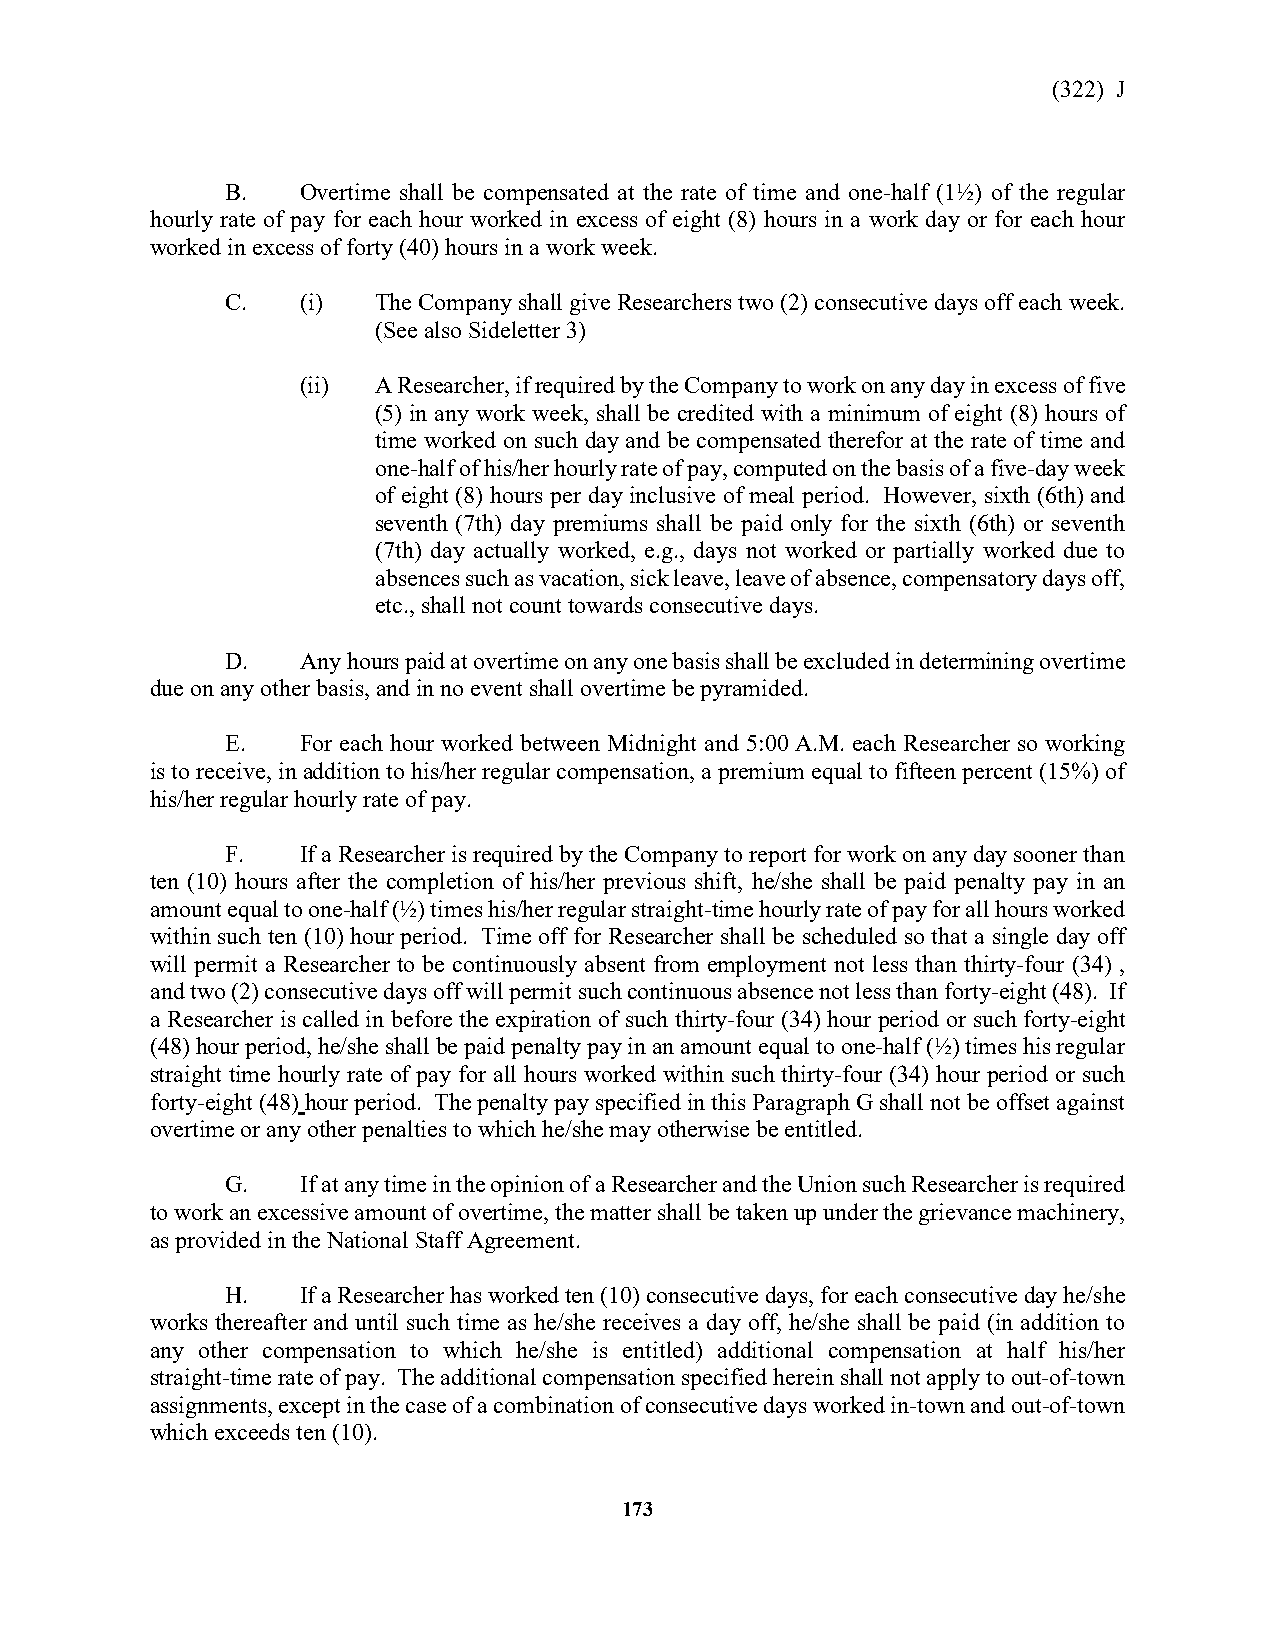
(322) J
 B.   Overtime shall be compensated at the rate of time and one-half (1½) of the regular
 hourly rate of pay for each hour worked in excess of eight (8) hours in a work day or for each hour
 worked in excess of forty (40) hours in a work week.
 C.   (i)  The Company shall give Researchers two (2) consecutive days off each week.
 (See also Sideletter 3)
 (ii) A Researcher, if required by the Company to work on any day in excess of five
 (5) in any work week, shall be credited with a minimum of eight (8) hours of
 time worked on such day and be compensated therefor at the rate of time and
 one-half of his/her hourly rate of pay, computed on the basis of a five-day week
 of eight (8) hours per day inclusive of meal period. However, sixth (6th) and
 seventh (7th) day premiums shall be paid only for the sixth (6th) or seventh
 (7th) day actually worked, e.g., days not worked or partially worked due to
 absences such as vacation, sick leave, leave of absence, compensatory days off,
 etc., shall not count towards consecutive days.
 D.   Any hours paid at overtime on any one basis shall be excluded in determining overtime
 due on any other basis, and in no event shall overtime be pyramided.
 E.   For each hour worked between Midnight and 5:00 A.M. each Researcher so working
 is to receive, in addition to his/her regular compensation, a premium equal to fifteen percent (15%) of
 his/her regular hourly rate of pay.
 F.   If a Researcher is required by the Company to report for work on any day sooner than
 ten (10) hours after the completion of his/her previous shift, he/she shall be paid penalty pay in an
 amount equal to one-half (½) times his/her regular straight-time hourly rate of pay for all hours worked
 within such ten (10) hour period. Time off for Researcher shall be scheduled so that a single day off
 will permit a Researcher to be continuously absent from employment not less than thirty-four (34) ,
 and two (2) consecutive days off will permit such continuous absence not less than forty-eight (48). If
 a Researcher is called in before the expiration of such thirty-four (34) hour period or such forty-eight
 (48) hour period, he/she shall be paid penalty pay in an amount equal to one-half (½) times his regular
 straight time hourly rate of pay for all hours worked within such thirty-four (34) hour period or such
 forty-eight (48) hour period. The penalty pay specified in this Paragraph G shall not be offset against
 overtime or any other penalties to which he/she may otherwise be entitled.
 G.   If at any time in the opinion of a Researcher and the Union such Researcher is required
 to work an excessive amount of overtime, the matter shall be taken up under the grievance machinery,
 as provided in the National Staff Agreement.
 H.   If a Researcher has worked ten (10) consecutive days, for each consecutive day he/she
 works thereafter and until such time as he/she receives a day off, he/she shall be paid (in addition to
 any other compensation to which he/she is entitled) additional compensation at half his/her
 straight-time rate of pay. The additional compensation specified herein shall not apply to out-of-town
 assignments, except in the case of a combination of consecutive days worked in-town and out-of-town
 which exceeds ten (10).
 173